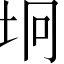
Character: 坰